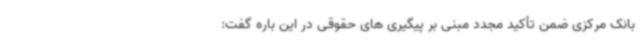
بانک مرکزی ضمن تأکید مجدد مبنی بر پیگیری های حقوقی در این باره گفت: